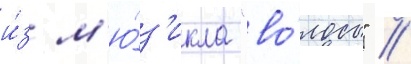
и́з м'ю́з'икла "во́лосы" //